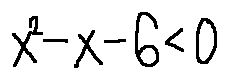
x ^ { 2 } - x - 6 < 0